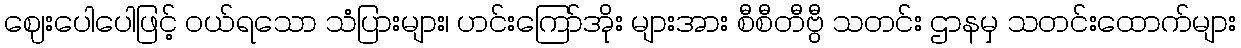
ဈေးပေါပေါဖြင့် ဝယ်ရသော သံပြားများ၊ ဟင်းကြော်အိုး များအား စီစီတီဗွီ သတင်း ဌာနမှ သတင်းထောက်များ